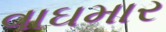
વાઘમાર